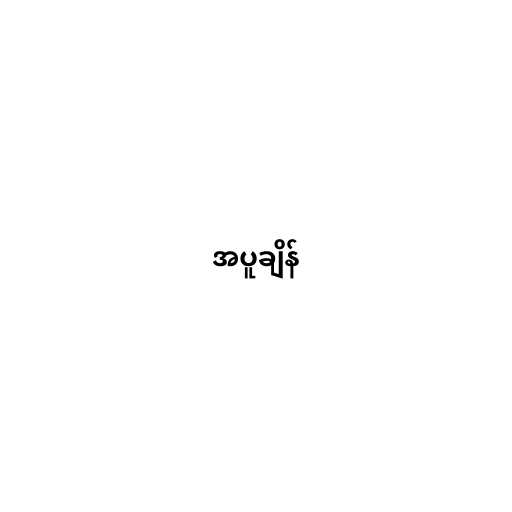
အပူချိန်